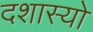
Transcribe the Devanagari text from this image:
दशास्यो